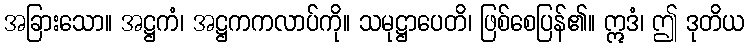
အခြားသော။ အဋ္ဌကံ၊ အဋ္ဌကကလာပ်ကို။ သမုဋ္ဌာပေတိ၊ ဖြစ်စေပြန်၏။ ဣဒံ၊ ဤ ဒုတိယ